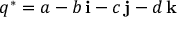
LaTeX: q ^ { * } = a - b \, \mathbf { i } - c \, \mathbf { j } - d \, \mathbf { k }